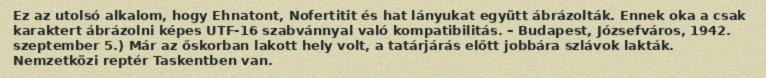
Ez az utolsó alkalom, hogy Ehnatont, Nofertitit és hat lányukat együtt ábrázolták. Ennek oka a csak karaktert ábrázolni képes UTF-16 szabvánnyal való kompatibilitás. – Budapest, Józsefváros, 1942. szeptember 5.) Már az őskorban lakott hely volt, a tatárjárás előtt jobbára szlávok lakták. Nemzetközi reptér Taskentben van.